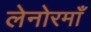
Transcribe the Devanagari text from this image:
लेनोरमाँ